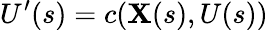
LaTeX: U^{\prime}(s)=c(\mathbf{X}(s),U(s))